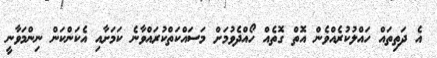
އެ ދަތިތައް ހައްލުކުރެއްވެން އޮތް ގޮތެއް ހޯއްދެވުމަށް މަސައްކަތްކުރައްވާނެ ކަމަށާއި އެކަންކަން ނިންމަވާނީ